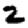
Digit: 2